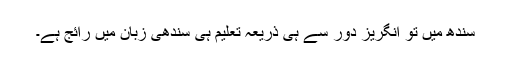
سندھ میں تو انگریز دور سے ہی ذریعہ تعلیم ہی سندھی زبان میں رائج ہے۔